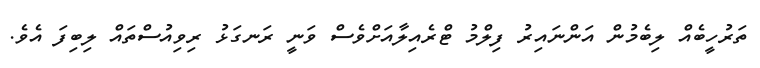
ތަރުހީބެއް ލިބެމުން އަންނައިރު ފިލްމު ޓްރެއިލާއަށްވެސް ވަނީ ރަނގަޅު ރިވިއުސްތައް ލިބިފަ އެވެ.